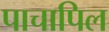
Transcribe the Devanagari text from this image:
पाचापिल